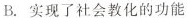
B.实现了社会教化的功能